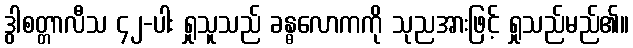
ဒွါစတ္တာလီသ ၄၂-ပါး ရှုသူသည် ခန္ဓလောကကို သုညအားဖြင့် ရှုသည်မည်၏။